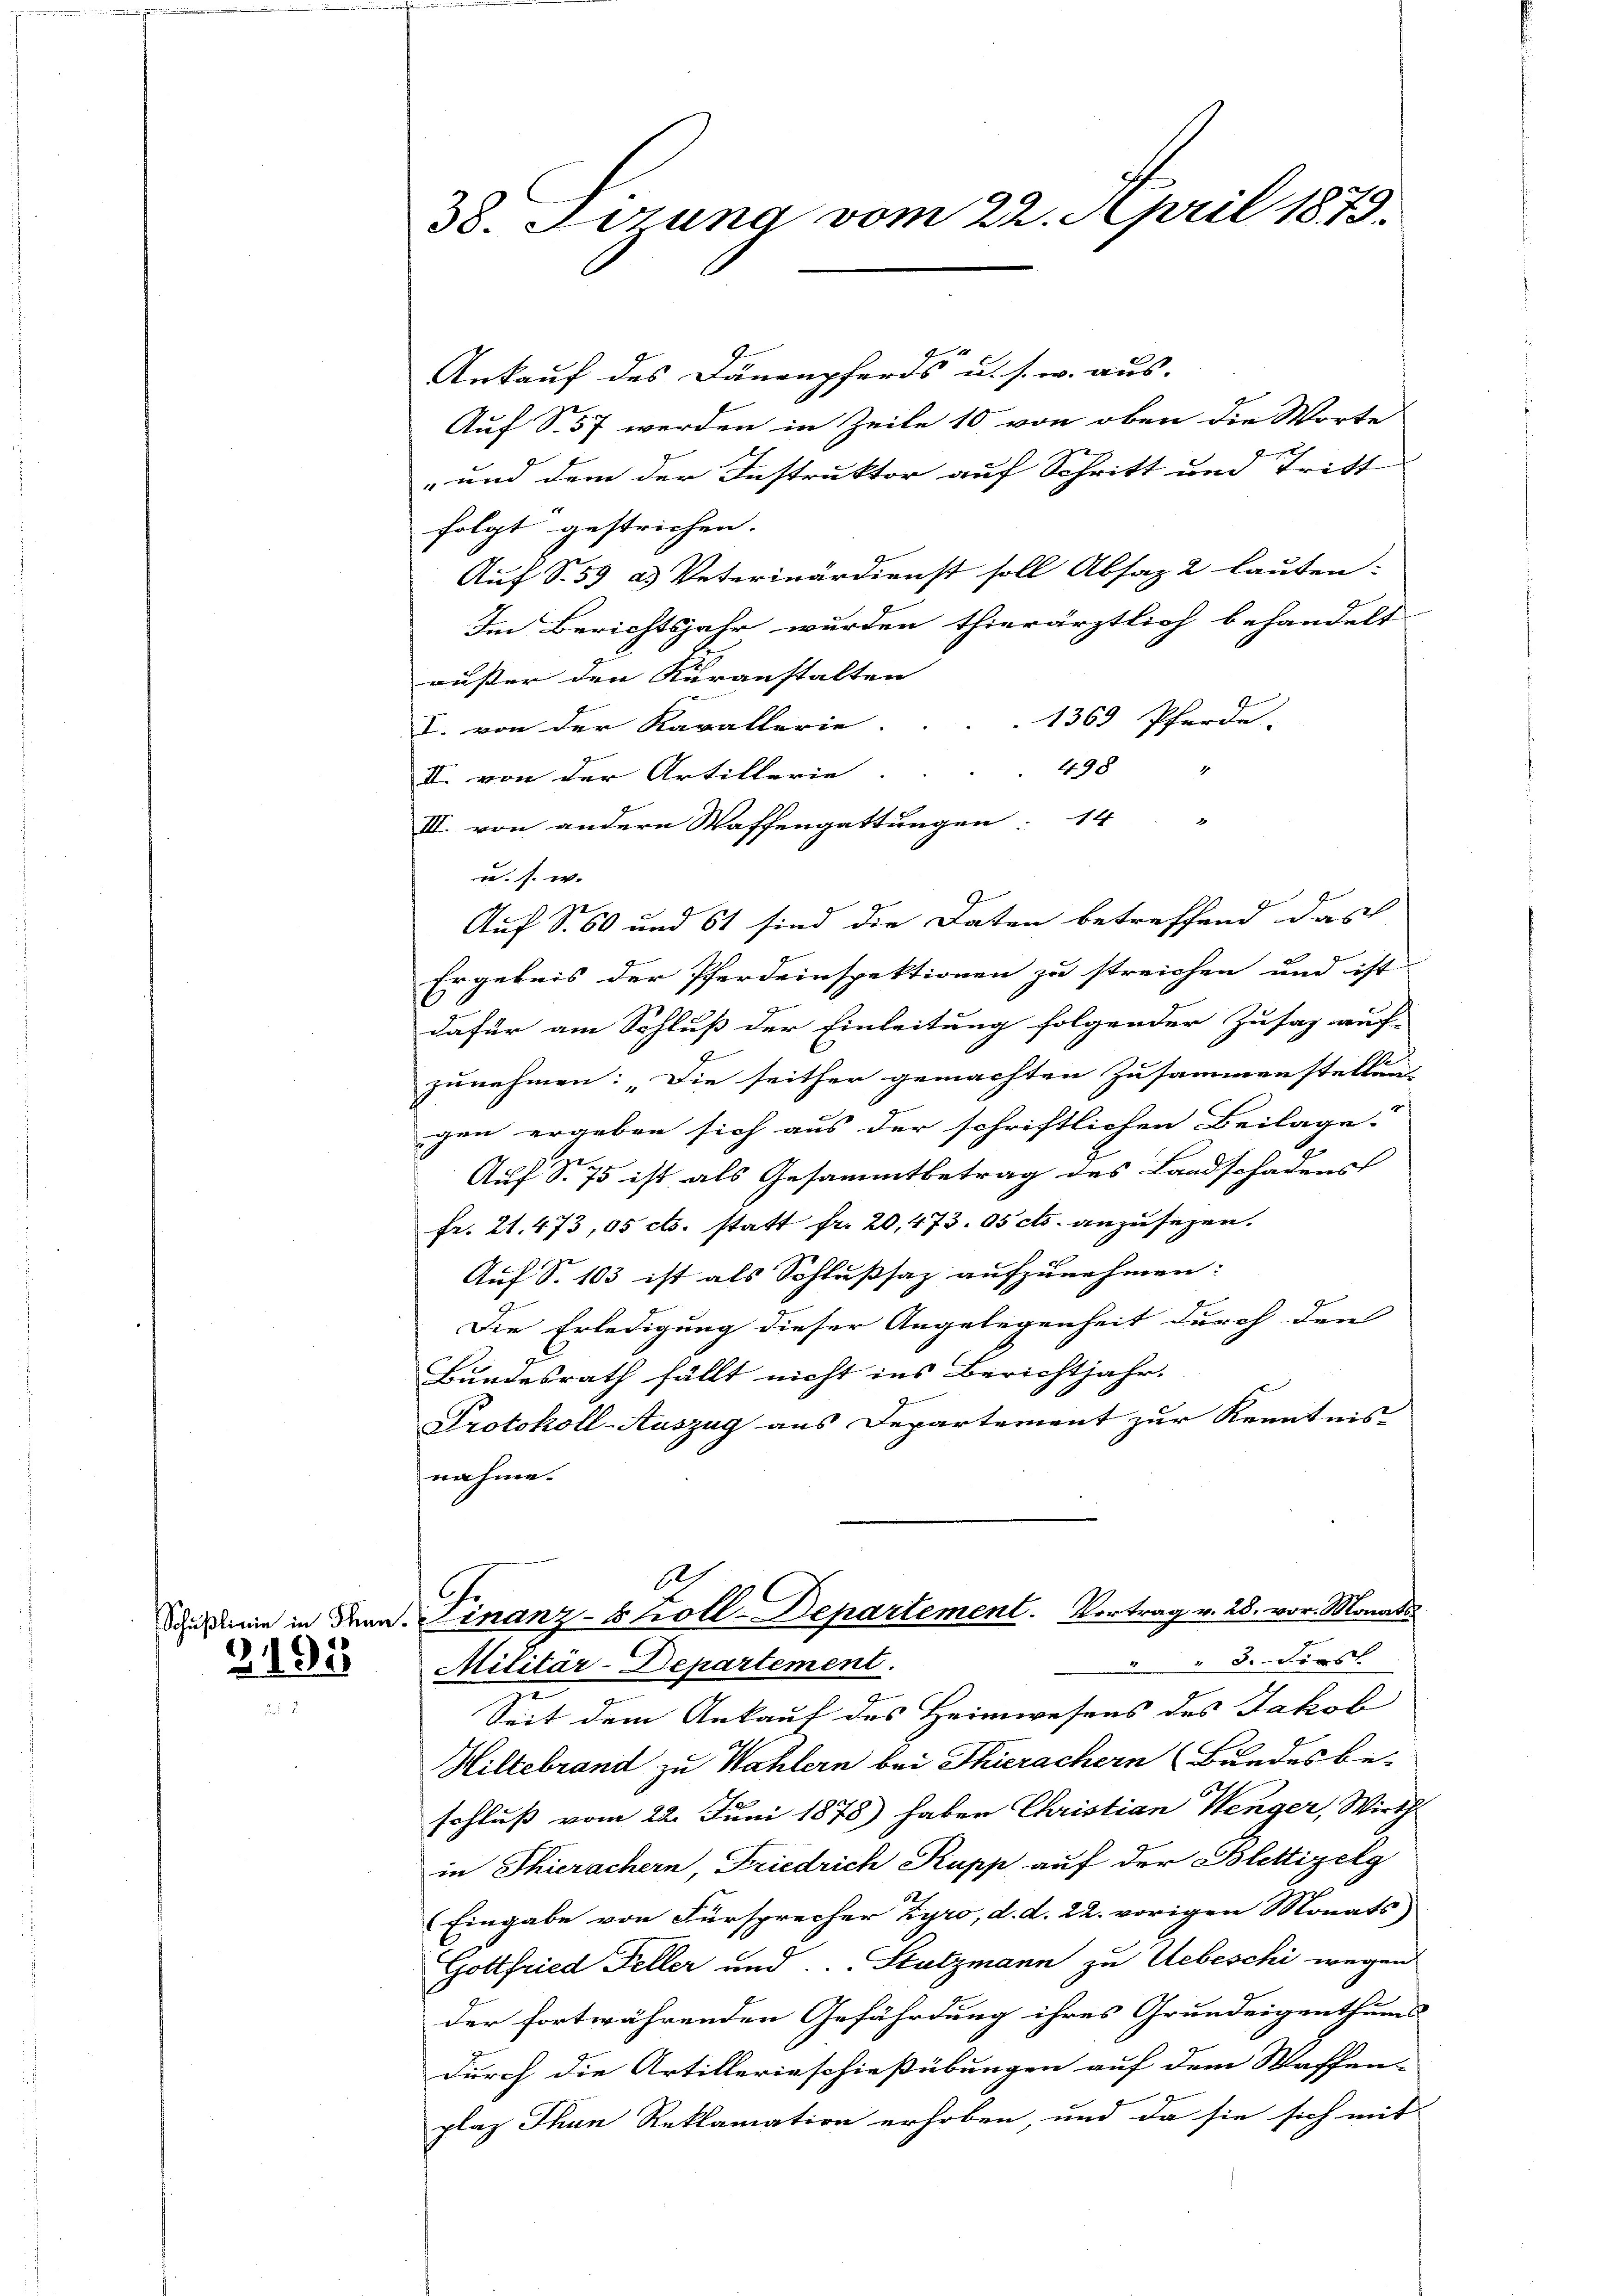
3195

38. Sizung vom 22. April 1879.

Ankauf des Dänenpferds u. s. w. aus-
Auf S. 57 werden in Zeile 10 von oben die Worte
" und dem der Instruktor auf Schritt und Tritt
folgt gestrichen.
Auf S. 59 a. Veterinärdienst soll Absaz 2 lauten:
Im Berichtsjahr wurden thierärztlich behandelt
E
außer den Kuranstalten |
1369 Pferde.
I. von der Kavallerie. |
498
II. von der Artillerie
Ergebnis der Pferdeinspektionen zu streichen und ist
dafür am Schluß der Einleitung folgender Zusaz auf-
zunehmen: „Die seither gemachten Zusammenstellung
gen ergeben sich aus der schriftlichen Beilage.
Auf S. 75 ist als Gesammtbetrag des Landschadens
fr. 21. 473,05 cts. statt fr. 20, 473. 05 cts. anzusetzen.
Auf S. 103 ist als Schlußsaz aufzunehmen:
Die Erledigung dieser Angelegenheit durch den
Bundesrath fällt nicht ins Berichtjahr.
Protokoll-Auszug aus Departement zur Kenntnis-
nahme.
Ah
l
Du ein in dem Finanz-Koll-Departement. Vortrag v. 28. vor. Monats
 8. Först
Militär-Departement.
Seit dem Ankauf des Heimwesens des Jakob
Hillebrand zu Wahlern bei Thierachern (Bundes be-
schluß vom 22. Juni 1878) haben Christian Wenger, Wirth-
in Thierachern, Friedrich Kupp auf der Blittizelg
Eingabe von Fürsprecher Zyro, d. d. 22. vorigen Monats
Gottfried Feller und Stutzmann zu Uebeschi wegen
der fortwährenden Gefährdung ihres Grundeigenthums
durch die Artillerieschießübungen auf dem Waffen-
plaz Than Reklamation erhoben, und da sie sich mit

u. s. w. |

III. von andern Waffengattungen: 14 "
Auf S. 60 und 61 sind die Daten betreffend das